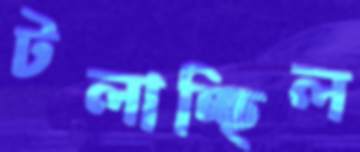
টলাচ্ছিল